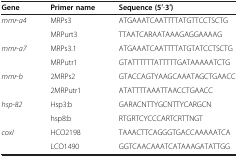
<table><thead><tr><td><b>Gene</b></td><td><b>Primer name</b></td><td><b>Sequence (5′-3′)</b></td></tr></thead><tbody><tr><td><i>mmr-a4</i></td><td>MRPs3</td><td>ATGAAATCAATTTTATGTTCCTSCTG</td></tr><tr><td>[EMPTY_CELL]</td><td>MRPurt3</td><td>TTAATCARAATAAAGAGGAAAAG</td></tr><tr><td><i>mmr-a7</i></td><td>MRPs3.1</td><td>ATGAAATCAATTTTATGTATCCTSCTG</td></tr><tr><td>[EMPTY_CELL]</td><td>MRPutr1</td><td>GTATTTTTTATTTTTGATAAAAATCTG</td></tr><tr><td><i>mmr-b</i></td><td>2MRPs2</td><td>GTACCAGTYAAGCAAATAGCTGAACC</td></tr><tr><td>[EMPTY_CELL]</td><td>2MRPutr1</td><td>ATATTTTAAATTAACCTGAACC</td></tr><tr><td><i>hsp-82</i></td><td>Hsp3:b</td><td>GARACNTTYGCNTTYCARGCN</td></tr><tr><td>[EMPTY_CELL]</td><td>hsp8:b</td><td>RTGRTCYCCCARTCRTTNGT</td></tr><tr><td><i>coxI</i></td><td>HCO2198</td><td>TAAACTTCAGGGTGACCAAAAATCA</td></tr><tr><td>[EMPTY_CELL]</td><td>LCO1490</td><td>GGTCAACAAATCATAAAGATATTGG</td></tr></tbody></table>